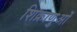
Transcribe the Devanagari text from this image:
शिक्राणुओं